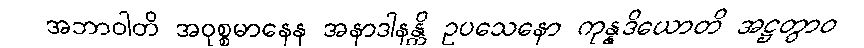
အဘာဝါတိ အဝုစ္စမာနေန အနာဒါနန္တိ ဥပသေနော ကုန္နဒိယောတိ အဋ္ဌတွာဝ